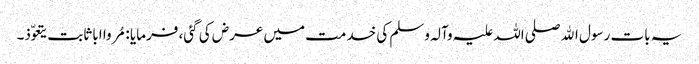
یہ بات رسول اﷲ صلی اللہ علیہ وآلہ وسلم کی خدمت میں عرض کی گئی، فرمایا : مُروا ابا ثابت یتعوّذ۔